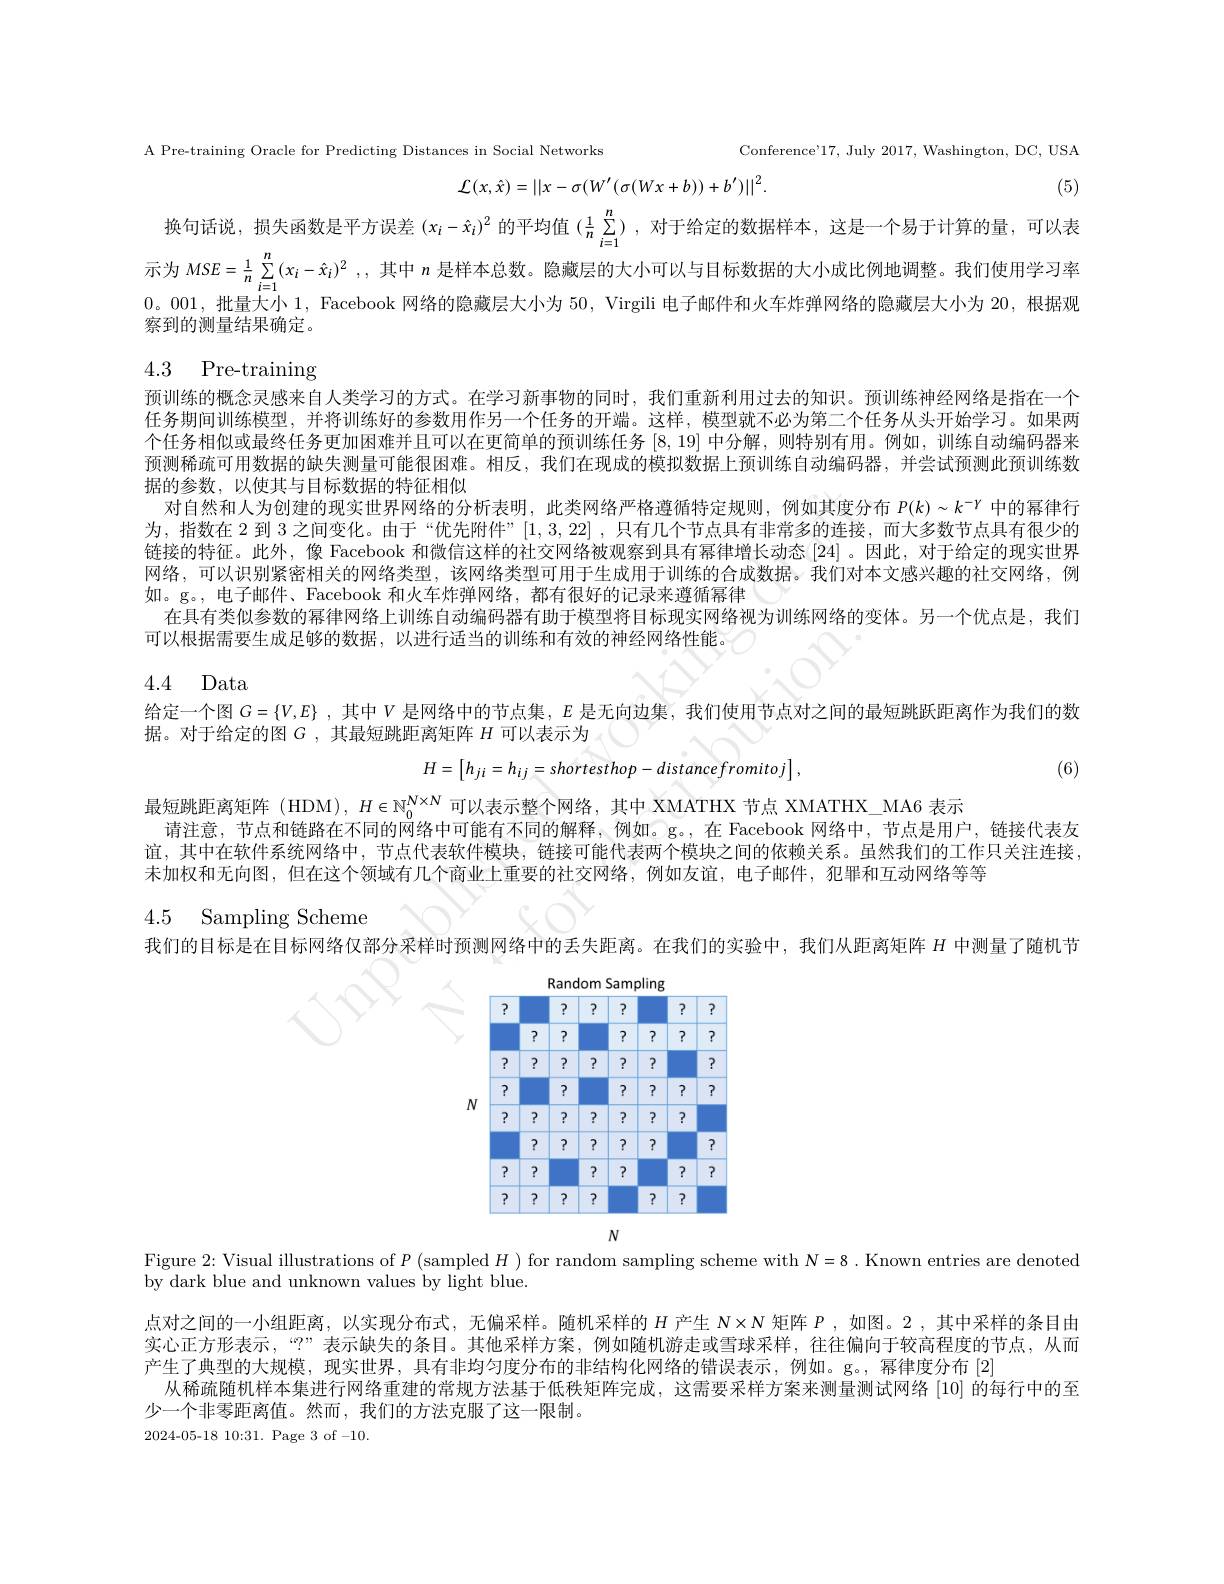
A Pre-training Oracle for Predicting Distances in Social Networks

Conference'17, July 2017, Washington, DC, USA
$$\mathcal{L}(x,\hat{x})=||x-\sigma(W'(\sigma(Wx+b))+b')||^{2}.$$
(5)

换句话说，损失函数是平方误差$(x_i-\hat{x}_i)^2$的平均值$(\frac1n\sum_{i=1}^n)$,对于给定的数据样本，这是一个易于计算的量，可以表示为$MSE= \frac 1n\sum _{i= 1}^{n}( x_{i}- \hat{x} _{i}) ^{2}$ , , 其中$n$是样本总数。隐藏层的大小可以与目标数据的大小成比例地调整。我们使用学习率0。001,批量大小1，Facebook 网络的隐藏层大小为50，Virgili 电子邮件和火车炸弹网络的隐藏层大小为 20,根据观察到的测量结果确定。

## 4.3 Pre-training

预训练的概念灵感来自人类学习的方式。在学习新事物的同时，我们重新利用过去的知识。预训练神经网络是指在一个任务期间训练模型，并将训练好的参数用作另一个任务的开端。这样，模型就不必为第二个任务从头开始学习。如果两个任务相似或最终任务更加困难并且可以在更简单的预训练任务[8,19]中分解，则特别有用。例如 ,训练自动编码器来预测稀疏可用数据的缺失测量可能很困难。相反，我们在现成的模拟数据上预训练自动编码器，并尝试预测此预训练数据的参数，以使其与目标数据的特征相似
对自然和人为创建的现实世界网络的分析表明，此类网络严格遵循特定规则，例如其度分布$P(k)\sim k^{-\gamma}$中的幂律行为，指数在 2 到 3 之间变化。由于“优先附件”[1,3,22] ,只有几个节点具有非常多的连接，而大多数节点具有很少的链接的特征。此外，像 Facebook 和微信这样的社交网络被观察到具有幂律增长动态[24] 。因此，对于给定的现实世界网络，可以识别紧密相关的网络类型，该网络类型可用于生成用于训练的合成数据。我们对本文感兴趣的社交网络，例如。g。, 电子邮件、Facebook 和火车炸弹网络，都有很好的记录来遵循幂律
在具有类似参数的幂律网络上训练自动编码器有助于模型将目标现实网络视为训练网络的变体。另一个优点是，我们可以根据需要生成足够的数据，以进行适当的训练和有效的神经网络性能。4.4 Data 给定一个图$G=\{V,E\}$ ,其中$V$是网络中的节点集，$E$是无向边集，我们使用节点对之间的最短跳跃距离作为我们的数

据。对于给定的图$G$ ,其最短跳距离矩阵$H$可以表示为

(6)
$$H=\begin{bmatrix}h_{ji}=h_{ij}=shortesthop-distancefromitoj\end{bmatrix},$$
最短跳距离矩阵(HDM$) , H\in \mathbb{N} _0^{N\times N}$可以表示整个网络，其中 XMATHX 节点 XMATHX\_MA6 表示

请注意，节点和链路在不同的网络中可能有不同的解释，例如。g。,在 Facebook 网络中，节点是用户，链接代表友谊，其中在软件系统网络中，节点代表软件模块，链接可能代表两个模块之间的依赖关系。虽然我们的工作只关注连接， 末加权和无向图，但在这个领域有几个商业上重要的社交网络，例如友谊，电子邮件，犯罪和互动网络等等
C
4.5 Sampling Scheme
1
我们的目标是在目标网络仅部分采样时预测网络中的丢失距离。在我们的实验中，我们从距离矩阵$H$中测量了随机节
$S$

<FigureHere>
$N$

Figure 2: Visual illustrations of $P($sampled $H)$ for random sampling scheme with $N=8.$ Known entries are denoted

by dark blue and unknown values by light blue.

点对之间的一小组距离，以实现分布式，无偏采样。随机采样的$H$产生$N\times\mathbb{N}$矩阵$P$ ,如图。2 ,其中采样的条目由实心正方形表示，“?” 表示缺失的条目。其他采样方案，例如随机游走或雪球采样，往往偏向于较高程度的节点，从而产生了典型的大规模，现实世界，具有非均匀度分布的非结构化网络的错误表示，例如。g。,幂律度分布 [2]
从稀疏随机样本集进行网络重建的常规方法基于低秩矩阵完成，这需要采样方案来测量测试网络[10]的每行中的至
少一个非零距离值。然而，我们的方法克服了这一限制。
2024-05-1810{:}31. Page 3 of -10.